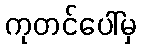
ကုတင်ပေါ်မှ